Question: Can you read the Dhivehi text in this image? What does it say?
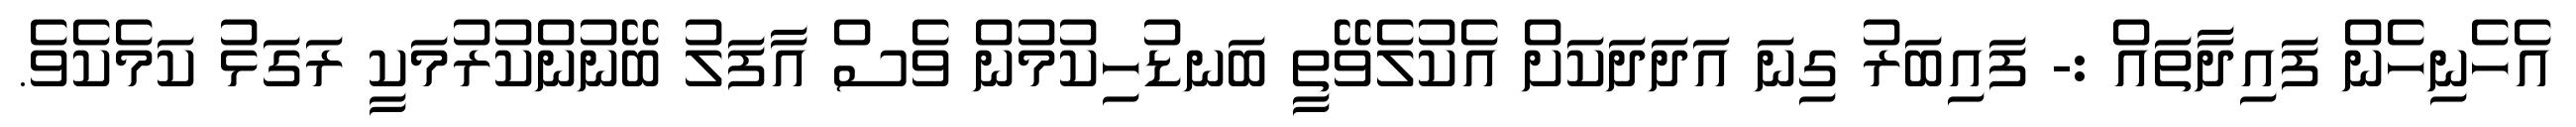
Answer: އެހެނިހެން ފައިދާތައް :- ފައިބަރު ގިނަ އަދަދަކަށް އެކުލެވޭތީ ބަނޑުހިކުމުން ވެސް އާފަލު ބޭނުންކުރުމަކީ ރަގަޅު ކަމެކެވެ.